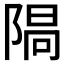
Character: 𨺷